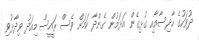
ދުވަހުގެ ހާދިސާއާއި ގުޅިގެން އަޅަމުން ގެންދާ ކަމަށް ވެސް ރައީސް މިއަދު ވިދާޅުވި